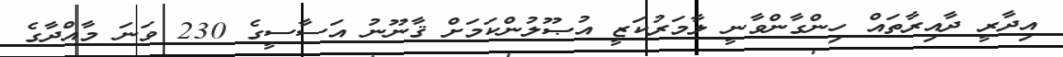
އިދާރީ ދާއިރާތައް ހިންގާންވާނީ ލާމަރުކަޒީ އުޞޫލުންކަމަށް ޤާނޫނު އަސާސީގެ 230 ވަނަ މާއްދާގެ